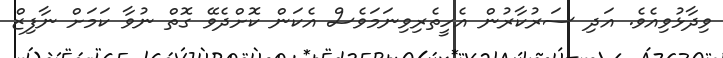
ވިދާޅުވިއެވެ. އަދި ސަރުކާރުން އެހީތެރިވިނަމަވެސް އެކަން ކޮށްދެވޭ ގޮތް ނުވާ ކަމަށް ނާފިޒް